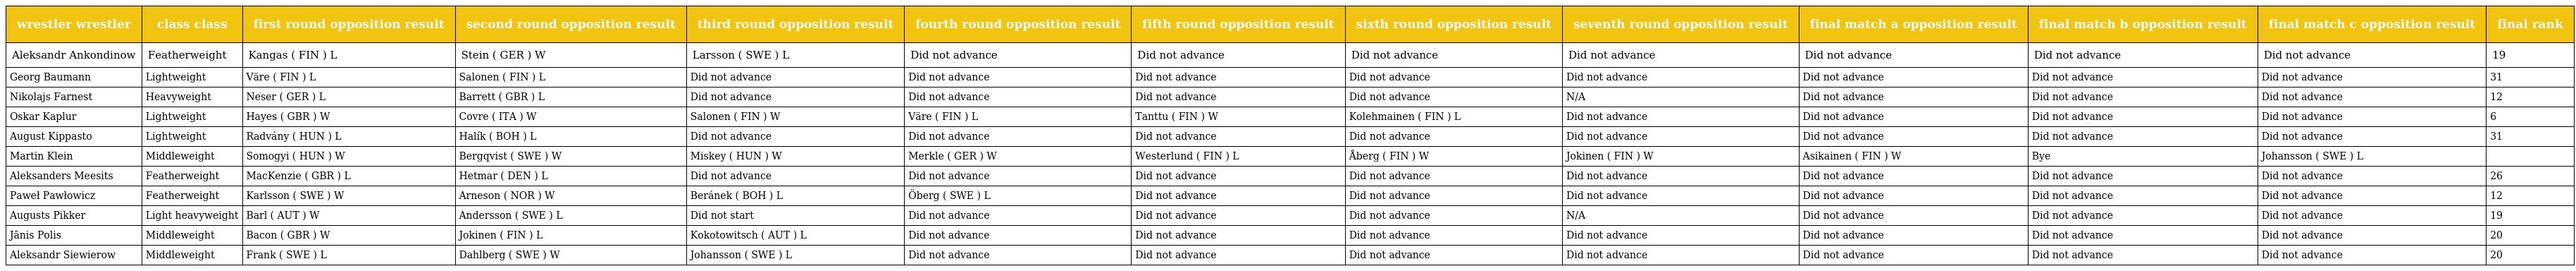
| wrestler wrestler | class class | first round opposition result | second round opposition result | third round opposition result | fourth round opposition result | fifth round opposition result | sixth round opposition result | seventh round opposition result | final match a opposition result | final match b opposition result | final match c opposition result | final rank |
 | --- | --- | --- | --- | --- | --- | --- | --- | --- | --- | --- | --- | --- |
 | Aleksandr Ankondinow | Featherweight | Kangas ( FIN ) L | Stein ( GER ) W | Larsson ( SWE ) L | Did not advance | Did not advance | Did not advance | Did not advance | Did not advance | Did not advance | Did not advance | 19 |
 | Georg Baumann | Lightweight | Väre ( FIN ) L | Salonen ( FIN ) L | Did not advance | Did not advance | Did not advance | Did not advance | Did not advance | Did not advance | Did not advance | Did not advance | 31 |
 | Nikolajs Farnest | Heavyweight | Neser ( GER ) L | Barrett ( GBR ) L | Did not advance | Did not advance | Did not advance | Did not advance | N/A | Did not advance | Did not advance | Did not advance | 12 |
 | Oskar Kaplur | Lightweight | Hayes ( GBR ) W | Covre ( ITA ) W | Salonen ( FIN ) W | Väre ( FIN ) L | Tanttu ( FIN ) W | Kolehmainen ( FIN ) L | Did not advance | Did not advance | Did not advance | Did not advance | 6 |
 | August Kippasto | Lightweight | Radvány ( HUN ) L | Halík ( BOH ) L | Did not advance | Did not advance | Did not advance | Did not advance | Did not advance | Did not advance | Did not advance | Did not advance | 31 |
 | Martin Klein | Middleweight | Somogyi ( HUN ) W | Bergqvist ( SWE ) W | Miskey ( HUN ) W | Merkle ( GER ) W | Westerlund ( FIN ) L | Åberg ( FIN ) W | Jokinen ( FIN ) W | Asikainen ( FIN ) W | Bye | Johansson ( SWE ) L |  |
 | Aleksanders Meesits | Featherweight | MacKenzie ( GBR ) L | Hetmar ( DEN ) L | Did not advance | Did not advance | Did not advance | Did not advance | Did not advance | Did not advance | Did not advance | Did not advance | 26 |
 | Paweł Pawłowicz | Featherweight | Karlsson ( SWE ) W | Arneson ( NOR ) W | Beránek ( BOH ) L | Öberg ( SWE ) L | Did not advance | Did not advance | Did not advance | Did not advance | Did not advance | Did not advance | 12 |
 | Augusts Pikker | Light heavyweight | Barl ( AUT ) W | Andersson ( SWE ) L | Did not start | Did not advance | Did not advance | Did not advance | N/A | Did not advance | Did not advance | Did not advance | 19 |
 | Jānis Polis | Middleweight | Bacon ( GBR ) W | Jokinen ( FIN ) L | Kokotowitsch ( AUT ) L | Did not advance | Did not advance | Did not advance | Did not advance | Did not advance | Did not advance | Did not advance | 20 |
 | Aleksandr Siewierow | Middleweight | Frank ( SWE ) L | Dahlberg ( SWE ) W | Johansson ( SWE ) L | Did not advance | Did not advance | Did not advance | Did not advance | Did not advance | Did not advance | Did not advance | 20 |